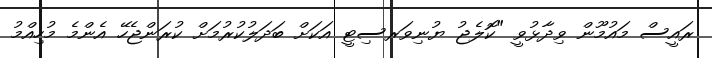
ރައީސް މައުމޫން ވިދާޅުވީ "ކޮލެޖު ޔުނިވަރސިޓީ އަކަށް ބަދަލުކުރުމަށް ކުރަންޖެހޭ އެންމެ މުހިއްމު